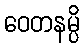
ဝေတနမ္ပိ